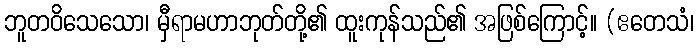
ဘူတဝိသေသော၊ မှီရာမဟာဘုတ်တို့၏ ထူးကုန်သည်၏ အဖြစ်ကြောင့်။ (ဧတေသံ၊